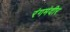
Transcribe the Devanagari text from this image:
रंगमंदीर